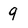
Character: 9